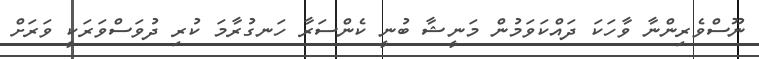
ނޫސްވެރިންނާ ވާހަކަ ދައްކަވަމުން މަނީޝާ ބުނީ ކެންސަރާ ހަނގުރާމަ ކުރި ދުވަސްވަރަކީ ވަރަށް